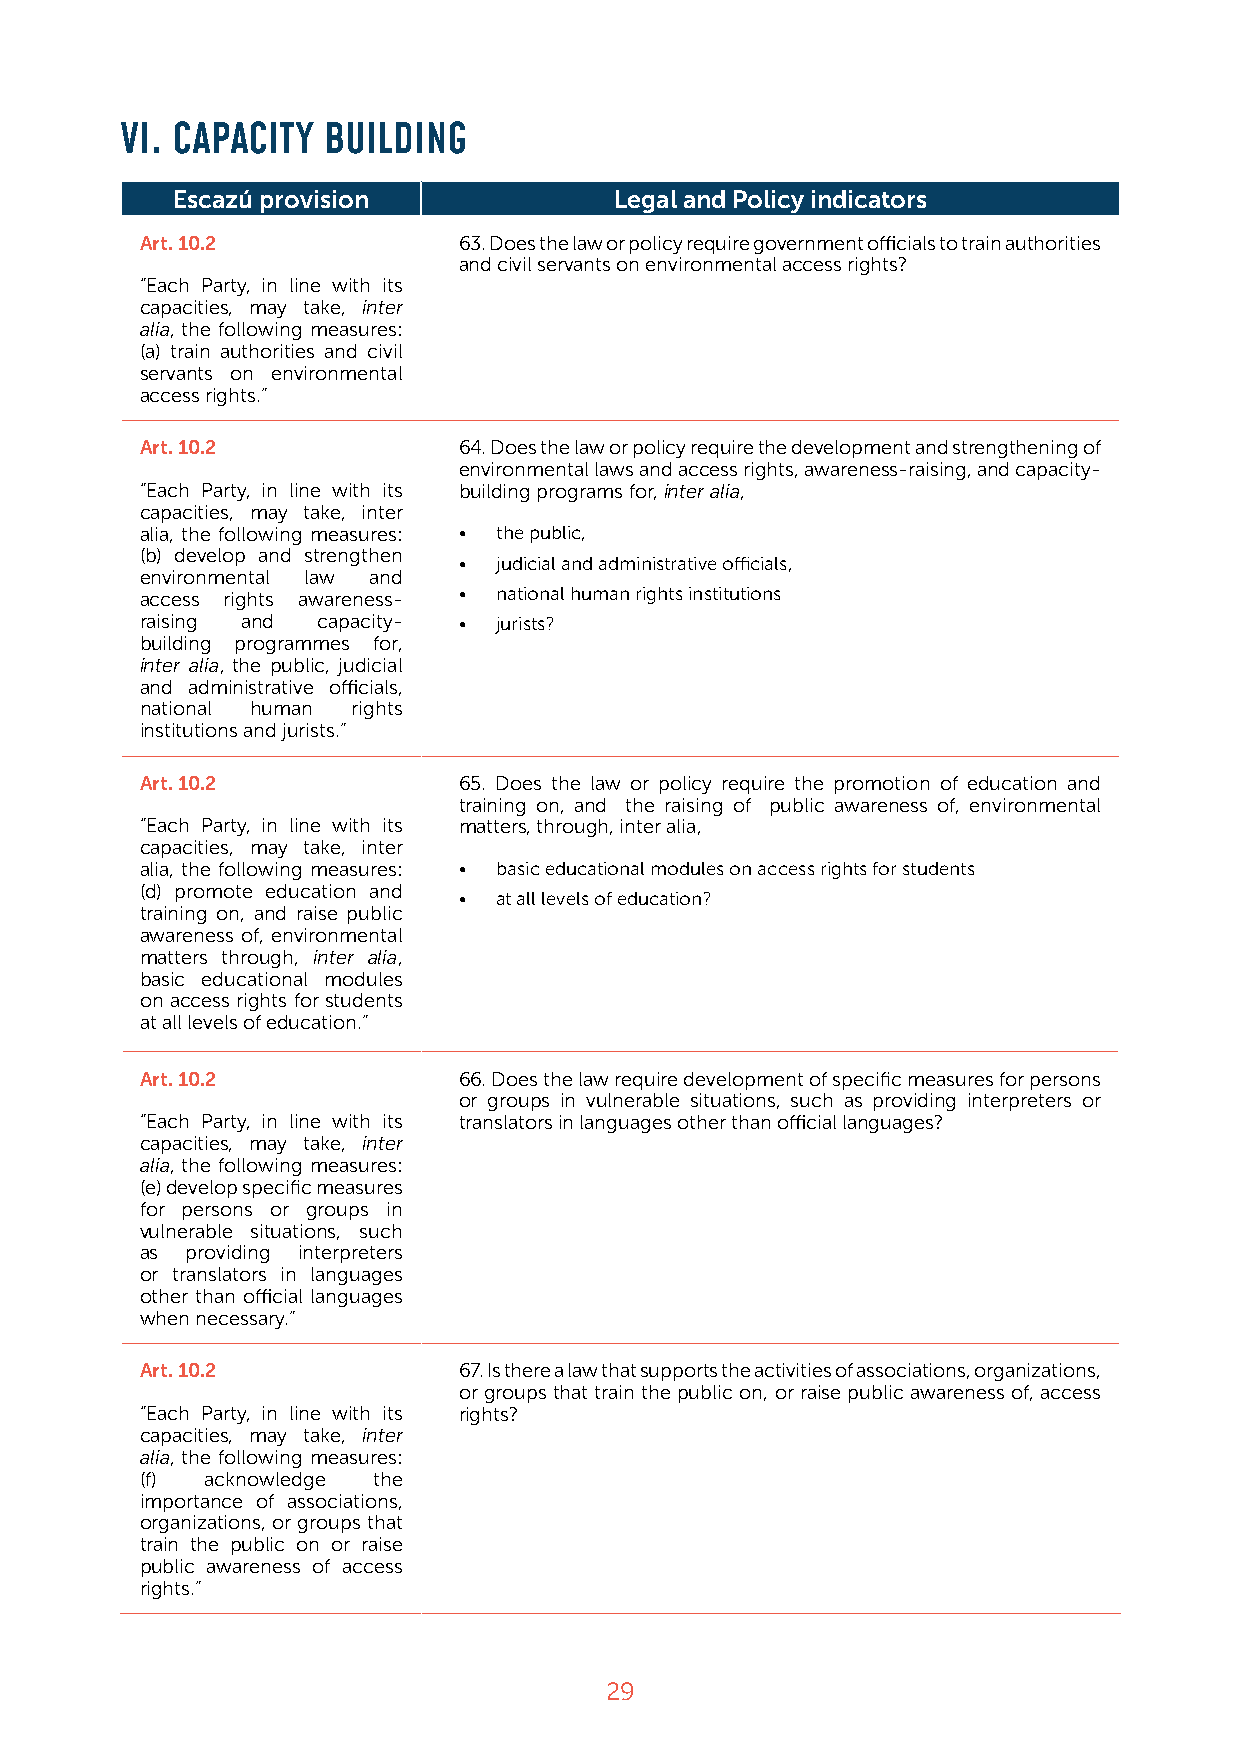
VI. CAPACITY BUILDING
 Escazú provision              Legal and Policy indicators
 Art. 10.2            63. Does the law or policy require government officials to train authorities
 and civil servants on environmental access rights?
 “Each Party, in line with its
 capacities, may take, inter
 alia, the following measures:
 (a) train authorities and civil
 servants on environmental
 access rights.”
 Art. 10.2            64. Does the law or policy require the development and strengthening of
 environmental laws and access rights, awareness-raising, and capacity-
 “Each Party, in line with its building programs for, inter alia,
 capacities, may take, inter
 alia, the following measures: • the public,
 (b) develop and strengthen
 •  judicial and administrative officials,
 environmental law and
 access rights awareness- • national human rights institutions
 raising and capacity- • jurists?
 building programmes for,
 inter alia, the public, judicial
 and administrative officials,
 national human rights
 institutions and jurists.”
 Art. 10.2            65. Does the law or policy require the promotion of education and
 training on, and the raising of public awareness of, environmental
 “Each Party, in line with its matters, through, inter alia,
 capacities, may take, inter
 alia, the following measures: • basic educational modules on access rights for students
 (d) promote education and
 •  at all levels of education?
 training on, and raise public
 awareness of, environmental
 matters through, inter alia,
 basic educational modules
 on access rights for students
 at all levels of education.”
 Art. 10.2            66. Does the law require development of specific measures for persons
 or groups in vulnerable situations, such as providing interpreters or
 “Each Party, in line with its translators in languages other than official languages?
 capacities, may take, inter
 alia, the following measures:
 (e) develop specific measures
 for persons or groups in
 vulnerable situations, such
 as providing interpreters
 or translators in languages
 other than official languages
 when necessary.”
 Art. 10.2            67. Is there a law that supports the activities of associations, organizations,
 or groups that train the public on, or raise public awareness of, access
 “Each Party, in line with its rights?
 capacities, may take, inter
 alia, the following measures:
 (f)  acknowledge the
 importance of associations,
 organizations, or groups that
 train the public on or raise
 public awareness of access
 rights.”
 29